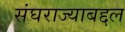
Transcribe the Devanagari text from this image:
संघराज्याबद्दल